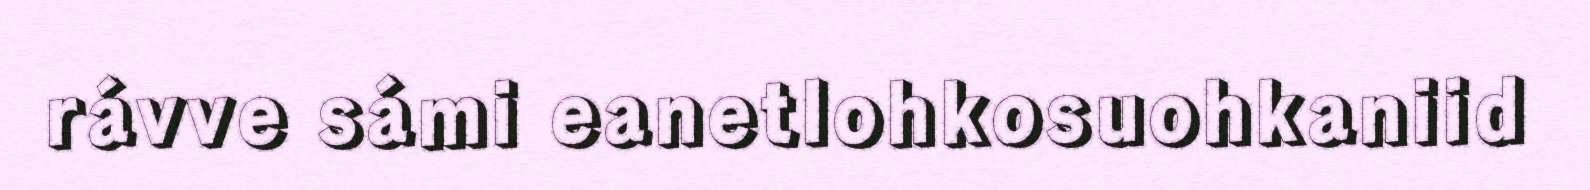
rávve sámi eanetlohkosuohkaniid